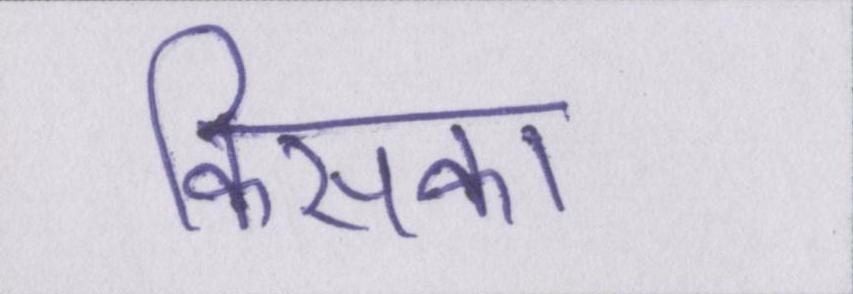
किसका